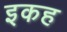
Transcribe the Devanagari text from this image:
इकह